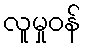
လူမှုဝန်